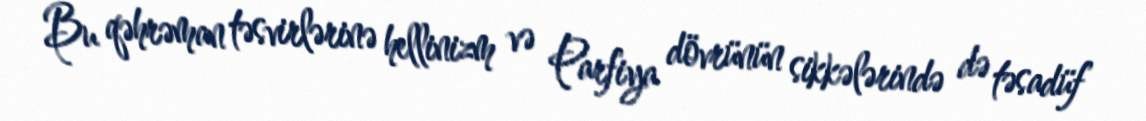
Bu qəhrəman təsvirlərinə hellinizm və Parfiya dövrünün sikkələrində də təsadüf